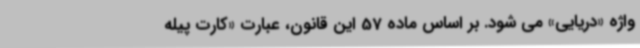
واژه «دریایی» می شود. بر اساس ماده 57 این قانون، عبارت «کارت پیله